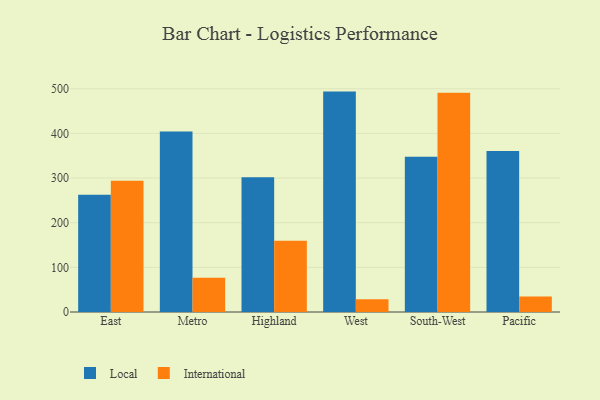
{"axis": {"x": "Region", "y": "Market Share (%)"}, "legend": ["International", "Local"], "data": [{"x": "East", "y": 262.5, "type": "Local"}, {"x": "East", "y": 294.0, "type": "International"}, {"x": "Metro", "y": 404.4, "type": "Local"}, {"x": "Metro", "y": 76.9, "type": "International"}, {"x": "Highland", "y": 301.8, "type": "Local"}, {"x": "Highland", "y": 159.6, "type": "International"}, {"x": "West", "y": 493.7, "type": "Local"}, {"x": "West", "y": 28.4, "type": "International"}, {"x": "South-West", "y": 347.5, "type": "Local"}, {"x": "South-West", "y": 491.1, "type": "International"}, {"x": "Pacific", "y": 360.9, "type": "Local"}, {"x": "Pacific", "y": 35.0, "type": "International"}]}